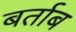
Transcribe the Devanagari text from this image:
बर्ताब